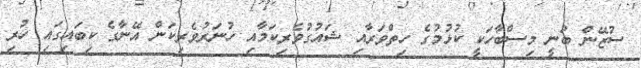
ސުޒޭން ބުނީ މިސްބާހަކީ ކުޅުމުގެ ހިތްވަރާއި ޝައުގުވެރިކަމާއި ހުނަރުވެރިކަން އޭނާގެ ކިބައިގައި ހުރި